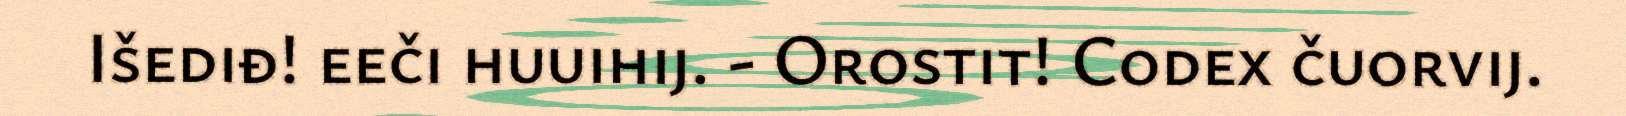
Išediđ! eeči huuihij. - Orostit! Codex čuorvij.